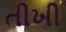
તીખી